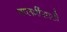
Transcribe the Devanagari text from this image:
तालमींसाठी